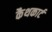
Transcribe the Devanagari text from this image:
कैथकार्ट